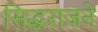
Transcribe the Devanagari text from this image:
सिद्धराजने